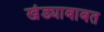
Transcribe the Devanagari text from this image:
खंड्याबाबत